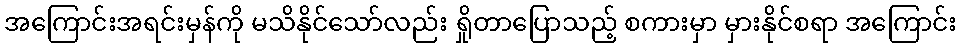
အကြောင်းအရင်းမှန်ကို မသိနိုင်သော်လည်း ရှိုတာပြောသည့် စကားမှာ မှားနိုင်စရာ အကြောင်း